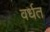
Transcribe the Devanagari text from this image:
वर्धत